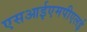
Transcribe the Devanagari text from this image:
एसआईएमपीएलई